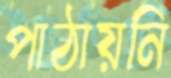
পাঠায়নি